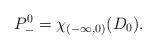
LaTeX: \begin{align*}P^0_-=\chi_{(-\infty,0)}(D_0).\end{align*}